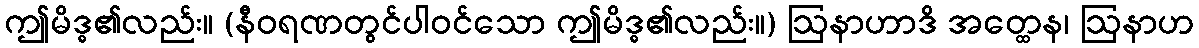
ဤမိဒ္ဓ၏လည်း။ (နီဝရဏတွင်ပါဝင်သော ဤမိဒ္ဓ၏လည်း။) ဩနာဟာဒိ အတ္ထေန၊ ဩနာဟ